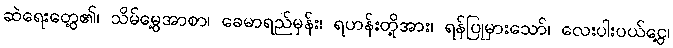
ဆဲရေးတွေ့၏၊ သိမ်မွေ့အာစာ၊ ခေမာရည်မှန်း၊ ရဟန်းတို့အား၊ ရန်ပြုမှားသော်၊ လေးပါးပယ်ငွေ့၊